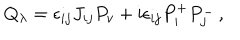
Q _ { \lambda } = \epsilon _ { i j } J _ { i j } P _ { v } + \mathrm { i } \epsilon _ { i j } P _ { i } ^ { + } P _ { j } ^ { - } \, ,